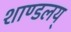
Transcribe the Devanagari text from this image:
शाण्डलय्